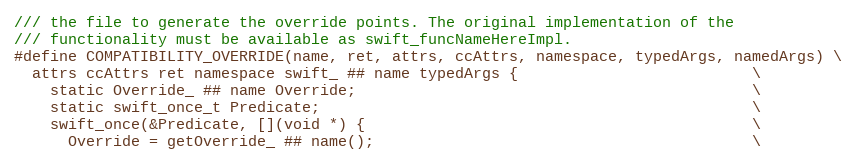
Language: C
/// the file to generate the override points. The original implementation of the
/// functionality must be available as swift_funcNameHereImpl.
#define COMPATIBILITY_OVERRIDE(name, ret, attrs, ccAttrs, namespace, typedArgs, namedArgs) \
  attrs ccAttrs ret namespace swift_ ## name typedArgs {                          \
    static Override_ ## name Override;                                            \
    static swift_once_t Predicate;                                                \
    swift_once(&Predicate, [](void *) {                                           \
      Override = getOverride_ ## name();                                          \